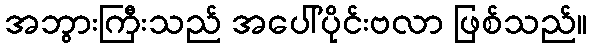
အဘွားကြီးသည် အပေါ်ပိုင်းဗလာ ဖြစ်သည်။